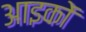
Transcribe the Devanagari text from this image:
आइकों